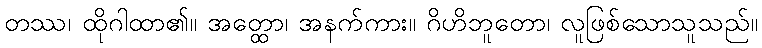
တဿ၊ ထိုဂါထာ၏။ အတ္ထော၊ အနက်ကား။ ဂိဟိဘူတော၊ လူဖြစ်သောသူသည်။